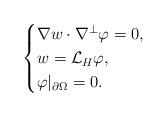
LaTeX: \begin{align*}\begin{cases}\nabla w\cdot \nabla^\perp\varphi=0,\\w=\mathcal{L}_H\varphi,\\ \varphi|_{\partial \Omega}=0.\end{cases}\end{align*}